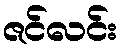
ဇင်လင်း